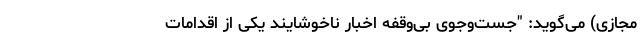
مجازی) می‌گوید: "جست‌و‌جوی بی‌وقفه اخبار ناخوشایند یکی از اقدامات